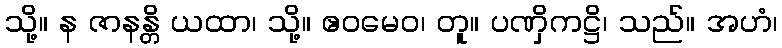
သို့။ န ဇာနန္တိ ယထာ၊ သို့။ ဧဝမေဝ၊ တူ။ ပဏှိကဋ္ဌိ၊ သည်။ အဟံ၊